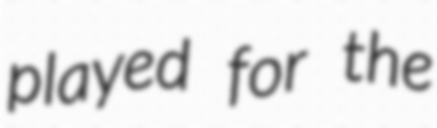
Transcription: played for the